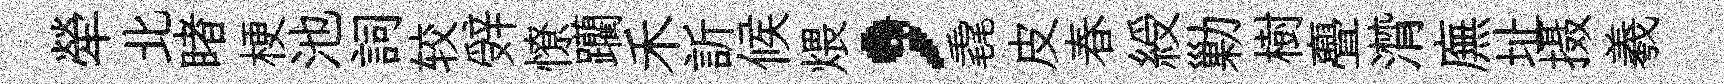
犖北睹梗池詞较辤憭躪禾訢候煨，毳皮春綬勦樹亹潸廡址摄羲